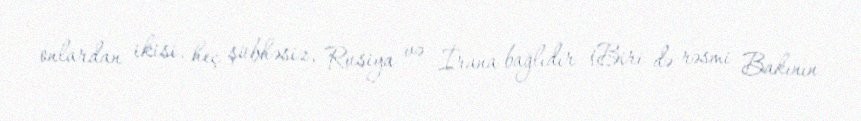
onlardan ikisi, heç şübhəsiz, Rusiya və İrana bağlıdır (Biri də rəsmi Bakının